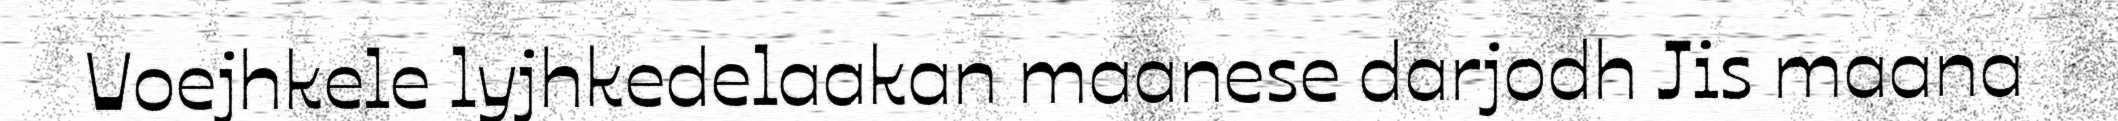
Voejhkele lyjhkedelaakan maanese darjodh Jis maana